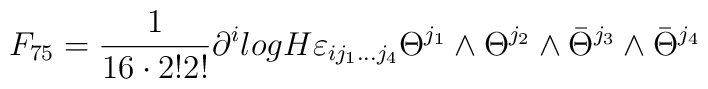
F_{75}=\frac{1}{16\cdot 2!2!}\partial^{i}log H\varepsilon_{ij_1...j_4}\Theta^{j_1}\wedge\Theta^{j_2}\wedge\bar{\Theta}^{j_3}\wedge\bar{\Theta}^{j_4}